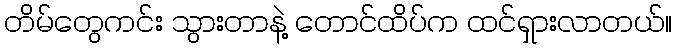
တိမ်တွေကင်း သွားတာနဲ့ တောင်ထိပ်က ထင်ရှားလာတယ်။